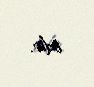
edir.